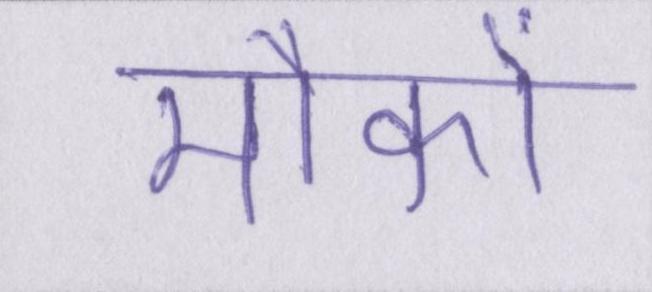
मौकों